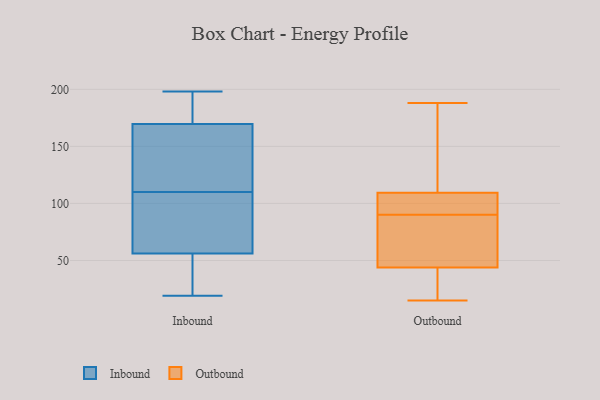
{"axis": {"x": "Revenue (USD Million)", "y": "Value"}, "legend": ["Inbound", "Outbound"], "data": [{"x": "", "y": 198, "type": "Inbound"}, {"x": "", "y": 77, "type": "Inbound"}, {"x": "", "y": 50, "type": "Inbound"}, {"x": "", "y": 43, "type": "Inbound"}, {"x": "", "y": 121, "type": "Inbound"}, {"x": "", "y": 48, "type": "Inbound"}, {"x": "", "y": 104, "type": "Inbound"}, {"x": "", "y": 171, "type": "Inbound"}, {"x": "", "y": 185, "type": "Inbound"}, {"x": "", "y": 158, "type": "Inbound"}, {"x": "", "y": 46, "type": "Inbound"}, {"x": "", "y": 181, "type": "Inbound"}, {"x": "", "y": 168, "type": "Inbound"}, {"x": "", "y": 87, "type": "Inbound"}, {"x": "", "y": 74, "type": "Inbound"}, {"x": "", "y": 110, "type": "Inbound"}, {"x": "", "y": 19, "type": "Inbound"}, {"x": "", "y": 170, "type": "Inbound"}, {"x": "", "y": 119, "type": "Inbound"}, {"x": "", "y": 85, "type": "Outbound"}, {"x": "", "y": 72, "type": "Outbound"}, {"x": "", "y": 182, "type": "Outbound"}, {"x": "", "y": 166, "type": "Outbound"}, {"x": "", "y": 188, "type": "Outbound"}, {"x": "", "y": 90, "type": "Outbound"}, {"x": "", "y": 44, "type": "Outbound"}, {"x": "", "y": 35, "type": "Outbound"}, {"x": "", "y": 58, "type": "Outbound"}, {"x": "", "y": 99, "type": "Outbound"}, {"x": "", "y": 20, "type": "Outbound"}, {"x": "", "y": 106, "type": "Outbound"}, {"x": "", "y": 113, "type": "Outbound"}, {"x": "", "y": 108, "type": "Outbound"}, {"x": "", "y": 43, "type": "Outbound"}, {"x": "", "y": 103, "type": "Outbound"}, {"x": "", "y": 15, "type": "Outbound"}]}